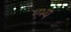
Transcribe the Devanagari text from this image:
एभ्य